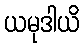
ယမုဒါယိ